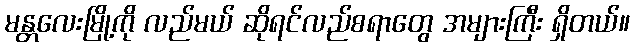
မန္တလေးမြို့ကို လည်မယ် ဆိုရင်လည်စရာတွေ အများကြီး ရှိတယ်။